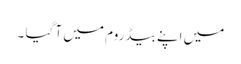
میں اپنے بیڈ روم میں آ گیا ۔